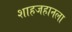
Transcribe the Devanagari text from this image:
शाहजहानला